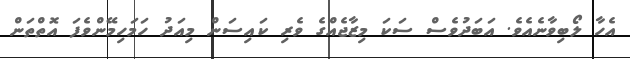
އެހާ ލޯބިވާނެއެވެ. އަބަދުވެސް ސަކަ މިޒާޖެއްގެ ވެރި ކައިސަން މިއަދު ހަމަހިމޭންވެފަ އޮތްތަން